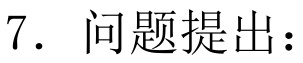
7. 问题提出：